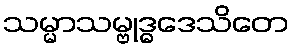
သမ္မာသမ္ဗုဒ္ဓဒေသိတေ